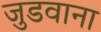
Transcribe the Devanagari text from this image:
जुडवाना